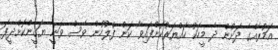
އަމުރެއްގެ ދަށުން ދެ މީހަކު ހައްޔަރުކޮށްފައިވާ ކަން ފުލުހުން ވެސް ވަނީ ޔަގީންކޮށްދީފަ